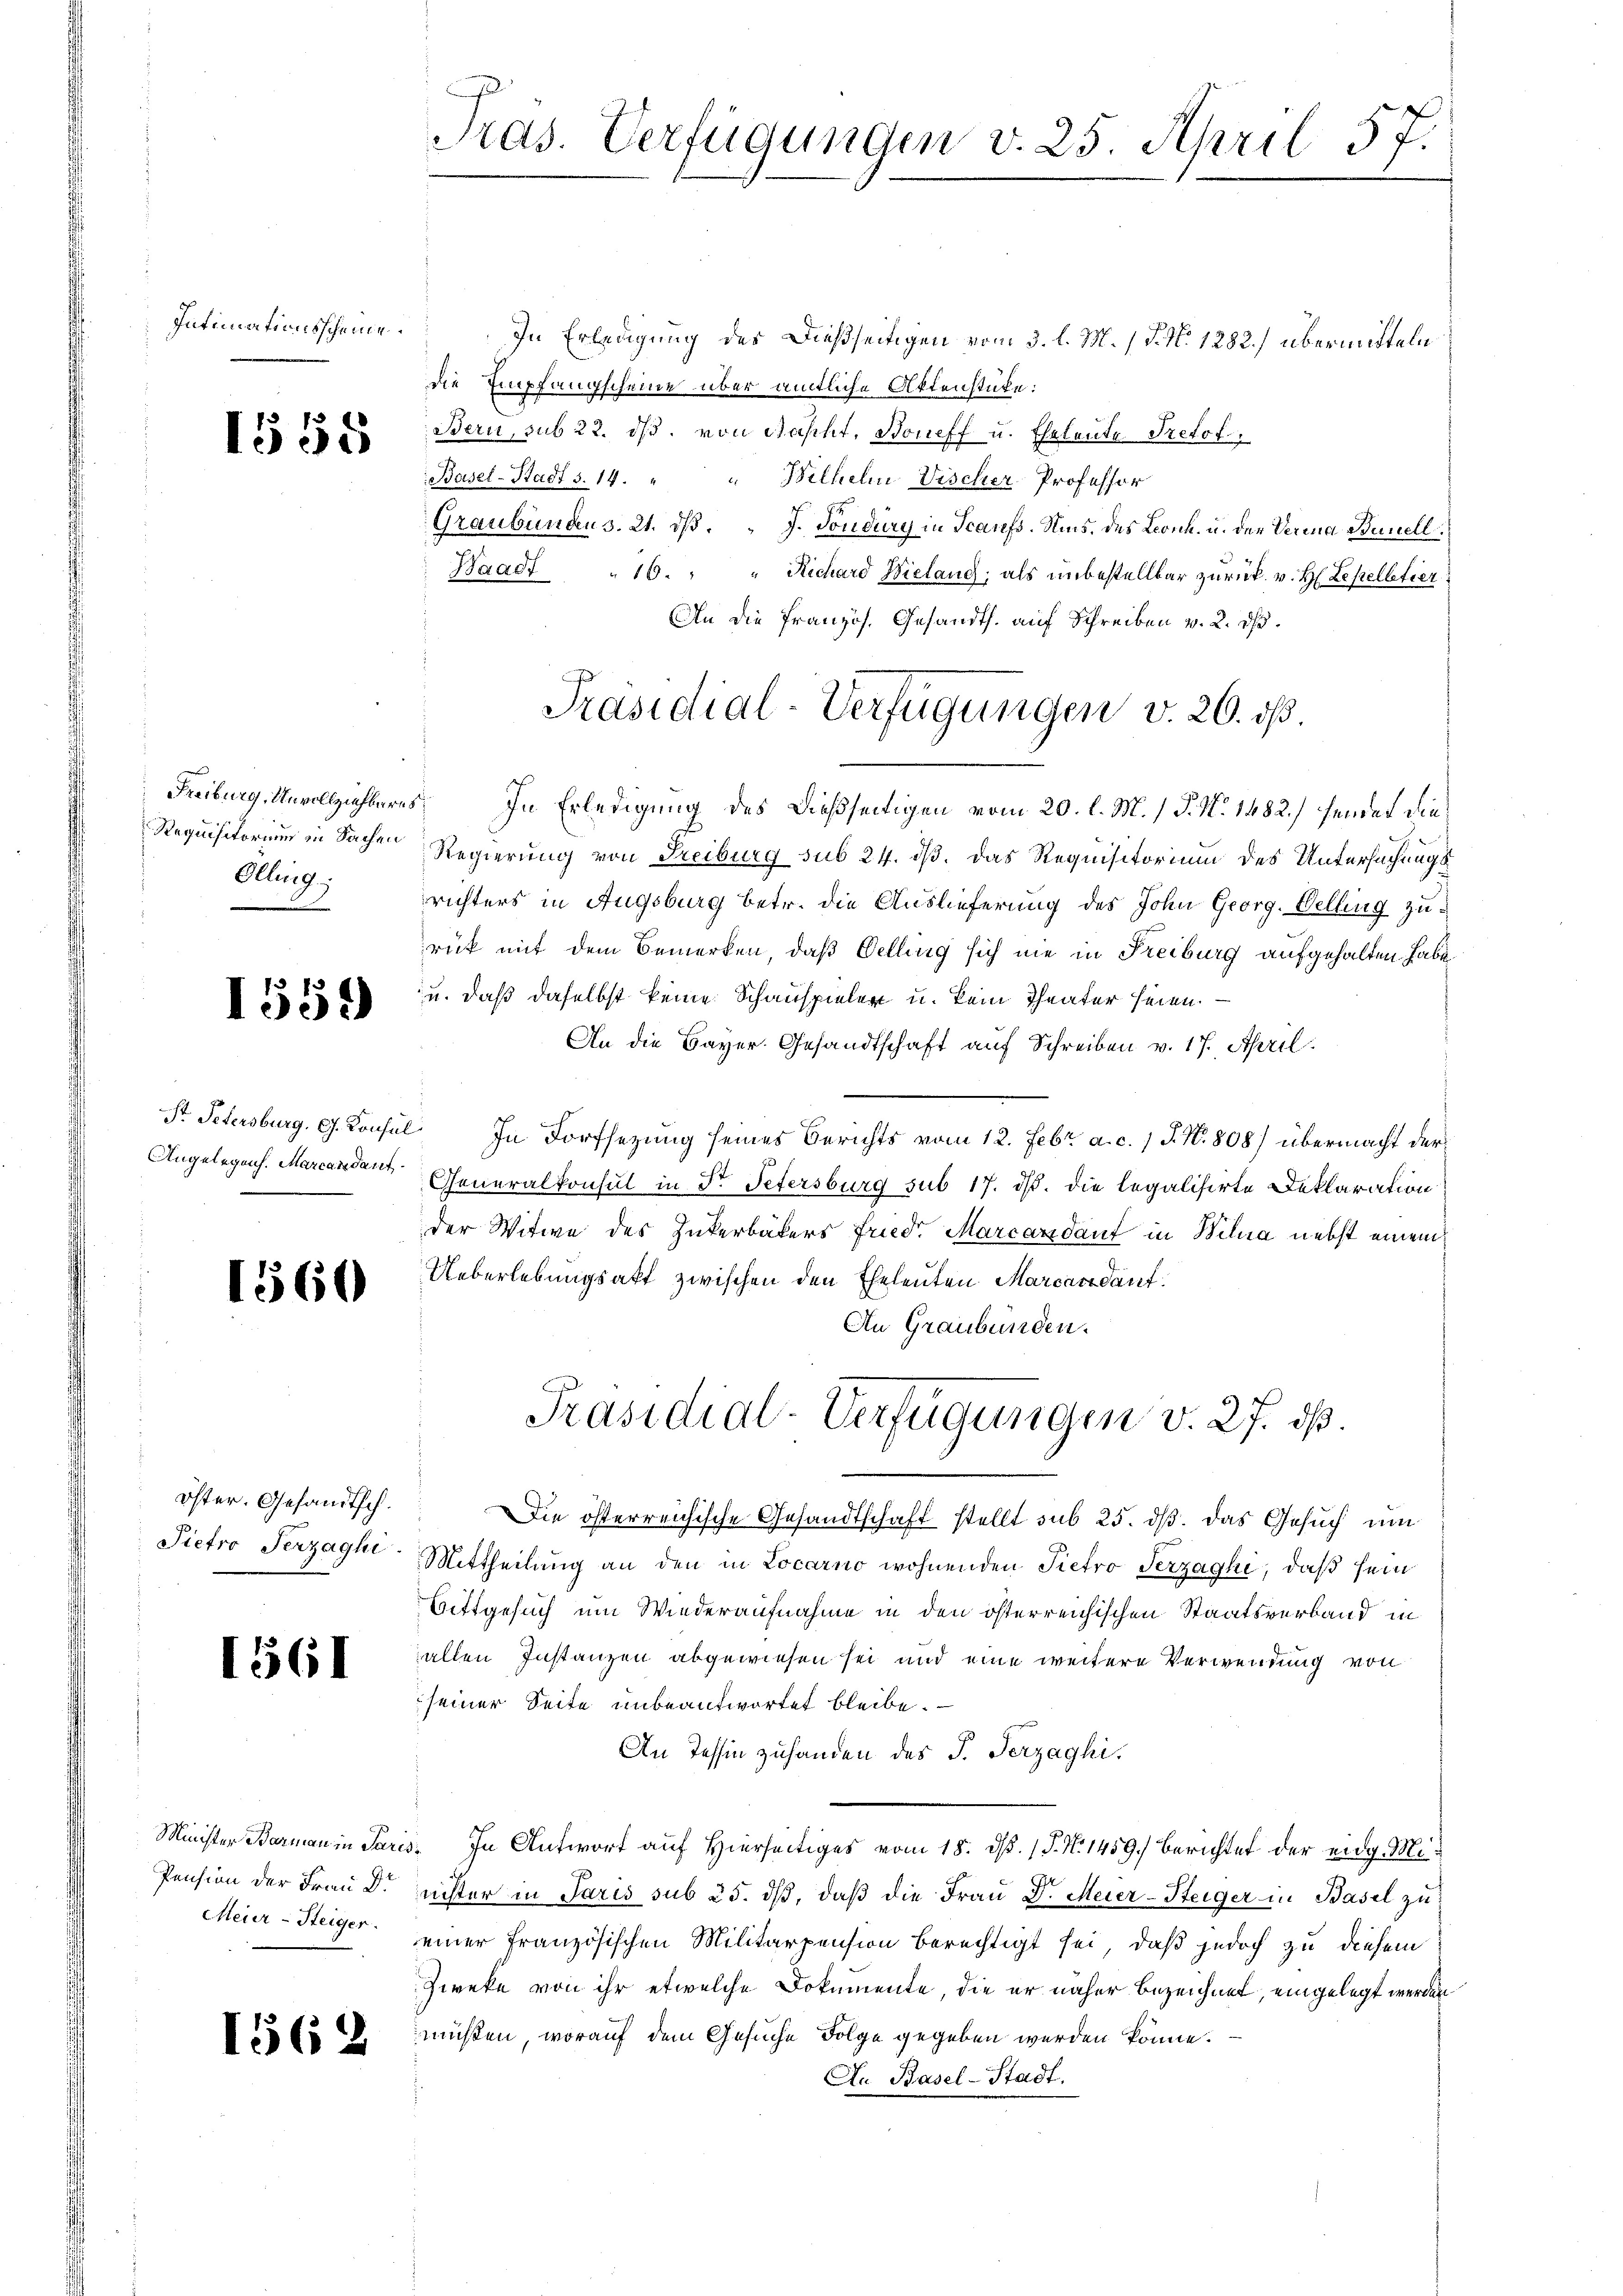
Intimationsscheine

1555

Requisitorium in Sachen
Olling:

1559

Pr. Petersburg. Gs. Konsul
Angelegens. Marcandant
.

1560

öster. Gesandtsch.
Pietro Terzaghi

1561

Minister Barmann in Paris
Pension der Frau Dr
Meier-Steiger.

1562

Pras. Verfügungen v. 25. April 57.

In Erledigung des Dießseitigen vom 3. l. M. / P. N. 1282) übermitteln
die Empfangscheine über amtliche Aktenstüke:
Bern, sub 22. ds. von Rascht, Boneff u. Eheleute Pretot
Basel-Stadt S. 14. " " Wilhelm Vischer Professor
Graubunaus. 21. dβ. " J. Tondury in Scaufs. Nms. des Leonh. u. der Verina Banell
Waadt 16. " " Richard Wielang, als unbestellbar zurück. v. H. Lepelletier
An die Französ. Gesandth. auf Schreiben v. 2. ds.
Freiburg, Unvollziehleres. In Erledigung des dießseitigen vom 20. l. M. / P. N. 1482.) hendet die¬
Regierung von Freiburg sub 24. dß. das Requisitorium des Untersuchungsrichters in Augsburg betr. die Auslieferung des John Georg. Belling zurück mit dem Bemerken, daß Oelling sich nie in Freiburg aufgehalten habe,
u. daß daselbst keine Schauspieler u. kein Theater seien. —
An die Bayer. Gesandtschaft auf Schreiben v. 17. April.
 In Dorfsezung seines Berichts vom 12. Febr. a. c. 1 J. N. 808) übermacht der
Generalkonsul in Dr. Petersburg sub 17. ds. die legalisirte Deklaration
der Witwe des Zukerbäters Friedr. Marcardauf in Wilua nebst einem
Ueberlebungsakt zwischen den Eheleuten Marcandant.
An Graubünden.
Präsidial-Verfügungen v. 27. dß.
Die österreichische Gesandtschaft stellt sub 25. ds. das Gesuch um
Mittheilung an den in Locarno wohnenden Pietro Serzaghi, daß sein
Bittgesuch um Wiederaufnahme in den österreichischen Staatsverband in
allen Instanzen abgewiesen sei und eine weitere Verwendung von
seiner Seite unbeantwortet bleibe.
An Tessin zuhanden des J. Herzaghi,
. In Antwort auf Hierseitiges vom 18. d. 1 P. Nr. 1459. Berichtet der eidg. Minister in Paris sub 25. dß, daß die Frau Dr. Meier-Steiger in Basel zu
einer französischen Militärpension berechtigt sei, daß jedoch zu diesem
Zweke von ihr etwelche Dokumente, die er näher Bezeichnet, eingelegt werden
müßen, worauf dem Gesuche Folge gegeben werden könne.
An Basel-Stadt.

Präsidial-Verfügungen v. 20. ds.